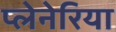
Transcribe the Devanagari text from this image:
प्लेनेरिया